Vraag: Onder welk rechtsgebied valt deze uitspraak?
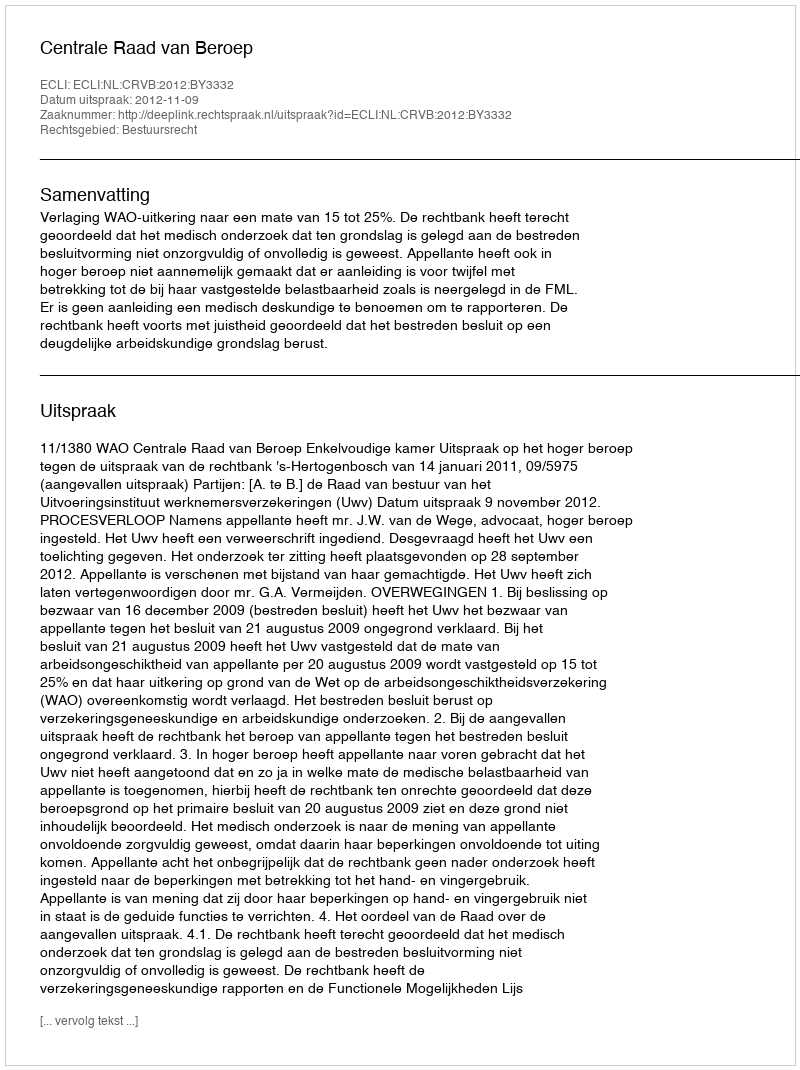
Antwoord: Bestuursrecht